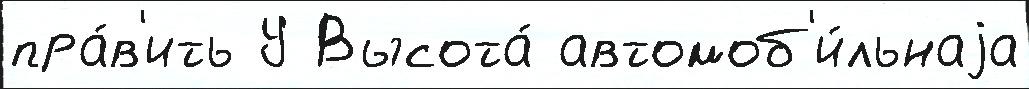
пра́в'ить У Высота́ автомоб'и́льнаjа